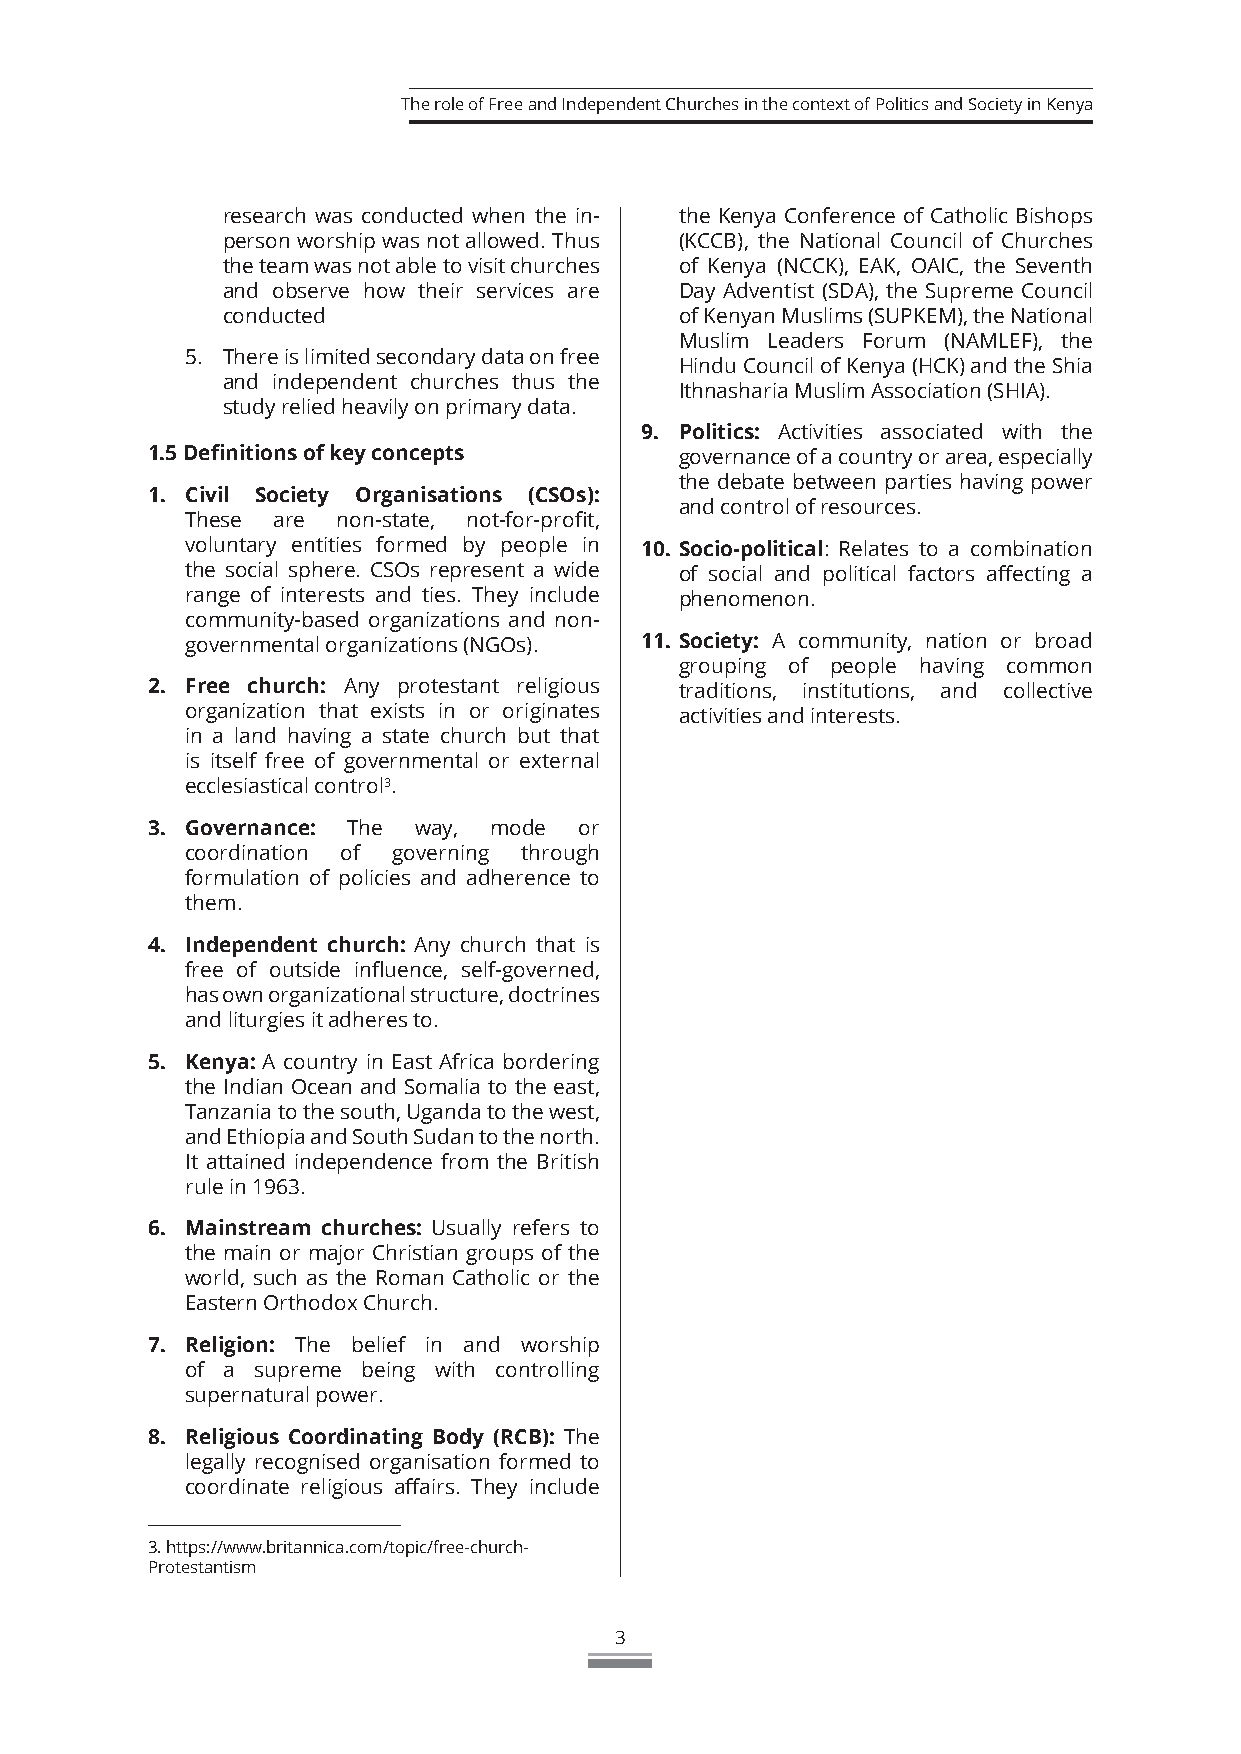
The role of Free and Independent Churches in the context of Politics and Society in Kenya
 research was conducted when the in- the Kenya Conference of Catholic Bishops
 person worship was not allowed. Thus (KCCB), the National Council of Churches
 the team was not able to visit churches of Kenya (NCCK), EAK, OAIC, the Seventh
 and observe how their services are Day Adventist (SDA), the Supreme Council
 conducted                     of Kenyan Muslims (SUPKEM), the National
 Muslim Leaders Forum (NAMLEF), the
 5. There is limited secondary data on free
 Hindu Council of Kenya (HCK) and the Shia
 and independent churches thus the
 Ithnasharia Muslim Association (SHIA).
 study relied heavily on primary data.
 9. Politics: Activities associated with the
 1.5 Definitions of key concepts    governance of a country or area, especially
 the debate between parties having power
 1. Civil Society Organisations (CSOs):
 and control of resources.
 These are non-state, not-for-profit,
 voluntary entities formed by people in 10. Socio-political: Relates to a combination
 the social sphere. CSOs represent a wide of social and political factors affecting a
 range of interests and ties. They include phenomenon.
 community-based organizations and non-
 governmental organizations (NGOs). 11. Society: A community, nation or broad
 grouping of people having common
 2. Free church: Any protestant religious traditions, institutions, and collective
 organization that exists in or originates activities and interests.
 in a land having a state church but that
 is itself free of governmental or external
 ecclesiastical control3.
 3. Governance: The way, mode or
 coordination of governing through
 formulation of policies and adherence to
 them.
 4. Independent church: Any church that is
 free of outside influence, self-governed,
 has own organizational structure, doctrines
 and liturgies it adheres to.
 5. Kenya: A country in East Africa bordering
 the Indian Ocean and Somalia to the east,
 Tanzania to the south, Uganda to the west,
 and Ethiopia and South Sudan to the north.
 It attained independence from the British
 rule in 1963.
 6. Mainstream churches: Usually refers to
 the main or major Christian groups of the
 world, such as the Roman Catholic or the
 Eastern Orthodox Church.
 7. Religion: The belief in and worship
 of a supreme being with controlling
 supernatural power.
 8. Religious Coordinating Body (RCB): The
 legally recognised organisation formed to
 coordinate religious affairs. They include
 3. https://www.britannica.com/topic/free-church-
 Protestantism
 3